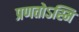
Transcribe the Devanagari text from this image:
प्रणतोऽस्मि